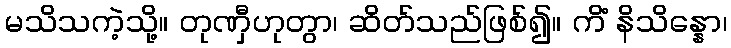
မသိသကဲ့သို့။ တုဏှီဟုတွာ၊ ဆိတ်သည်ဖြစ်၍။ ကိံ နိသိန္နော၊